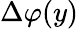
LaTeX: \Delta\varphi(y)